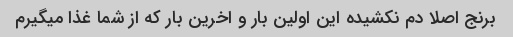
برنج اصلا دم نکشیده این اولین بار و اخرین بار که از شما غذا میگیرم